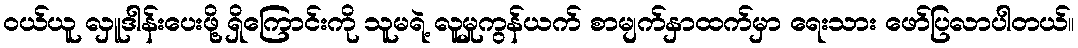
ဝယ်ယူ လှူဒါန်းပေးဖို့ ရှိကြောင်းကို သူမရဲ့ လူမှုကွန်ယက် စာမျက်နှာထက်မှာ ရေးသား ဖော်ပြလာပါတယ်။